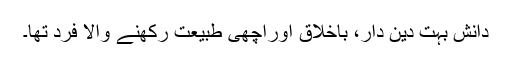
دانش بہت دین دار، باخلاق اوراچھی طبیعت رکھنے والا فرد تھا۔